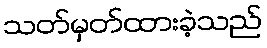
သတ်မှတ်ထားခဲ့သည်